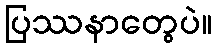
ပြဿနာတွေပဲ။